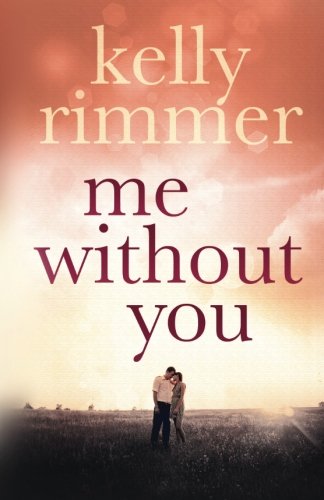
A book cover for Me Without You; Kelly Rimmer; Literature & Fiction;